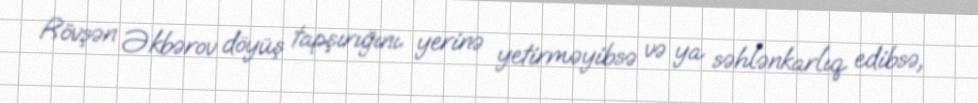
Rövşən Əkbərov döyüş tapşırığını yerinə yetirməyibsə və ya səhlənkarlıq edibsə,